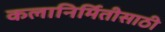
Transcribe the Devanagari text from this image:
कलानिर्मितीसाठी